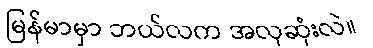
မြန်မာမှာ ဘယ်လက အလှဆုံးလဲ။